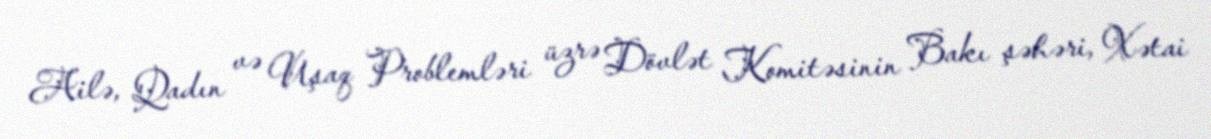
Ailə, Qadın və Uşaq Problemləri üzrə Dövlət Komitəsinin Bakı şəhəri, Xətai